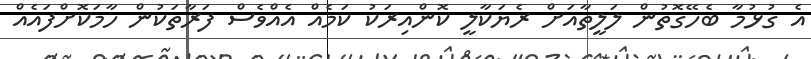
އެ ގުޅުމާ ބެހޭގޮތުން ލަލީތާއަށް ރެޔަކާލީ ކޮންއިރަކު ކަމެއް އެއްވެސް ފަރާތަކުން ހާމަކޮށްފައެއް